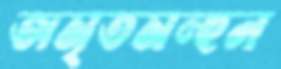
অমৃতমন্হন